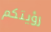
رؤيتكم